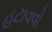
હટાવવો